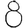
Digit: 8